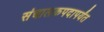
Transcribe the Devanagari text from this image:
संचालकपदापर्यंत